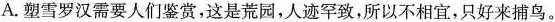
A.塑雪罗汉需要人们鉴赏，这是荒园，人迹罕致，所以不相宜，只好来捕鸟。